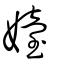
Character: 嬯